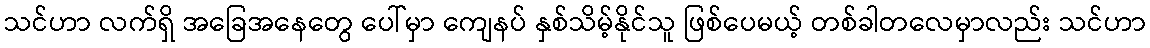
သင်ဟာ လက်ရှိ အခြေအနေတွေ ပေါ်မှာ ကျေနပ် နှစ်သိမ့်နိုင်သူ ဖြစ်ပေမယ့် တစ်ခါတလေမှာလည်း သင်ဟာ